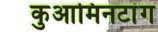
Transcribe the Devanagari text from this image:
कुआमिनटांग